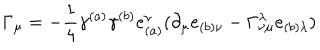
LaTeX: \Gamma _ { \mu } = - \frac { 1 } { 4 } \gamma ^ { ( a ) } \gamma ^ { ( b ) } e _ { ( a ) } ^ { \nu } ( \partial _ { \mu } e _ { ( b ) \nu } - \Gamma _ { \nu \mu } ^ { \lambda } e _ { ( b ) \lambda } )